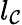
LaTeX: l_{\mathcal{C}}